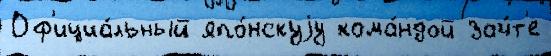
Оф'ициа́льный япо́нскуjу кома́ндой зач́т'е